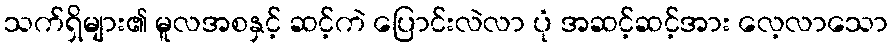
သက်ရှိများ၏ မူလအစနှင့် ဆင့်ကဲ ပြောင်းလဲလာ ပုံ အဆင့်ဆင့်အား လေ့လာသော